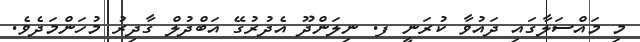
މި މައްސަލާގައި ދައުވާ ކުރަނީ ފ. ނިލަންދޫ އެދުރުގޭ އަބްދުލް ގާދިރު މުހަންމަދެވެ.